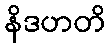
နိဒဟတိ